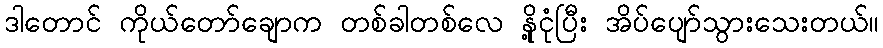
ဒါတောင် ကိုယ်တော်ချောက တစ်ခါတစ်လေ နို့ငုံပြီး အိပ်ပျော်သွားသေးတယ်။